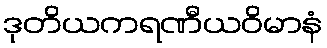
ဒုတိယကရဏီယဝိမာနံ